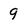
Character: 9